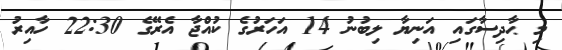
މި ޙާދިސާގައި އަނިޔާ ލިބުނު 14 އަހަރުގެ ކުއްޖާ އެރޭގެ 22:30 ހާއިރު